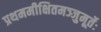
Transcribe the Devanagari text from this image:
प्रथममीक्षितमञ्जुमूर्तेः